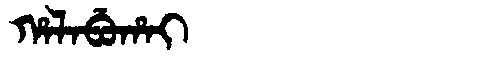
Manchu: ᡥᠠᠯᠠᠪᡠᡥᠠᡳ
Romanization: HALABUHAI